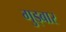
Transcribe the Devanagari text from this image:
गुड्बार